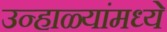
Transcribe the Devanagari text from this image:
उन्हाळ्यांमध्ये